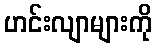
ဟင်းလျာများကို